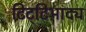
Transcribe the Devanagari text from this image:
टिट्‌टिभाद्य